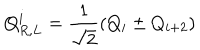
LaTeX: Q _ { R , L } ^ { i } = { \frac { 1 } { \sqrt { 2 } } } ( Q _ { i } \pm Q _ { i + 2 } )